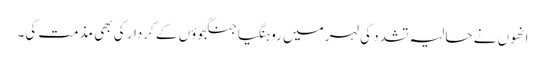
انھوں نے حالیہ تشدد کی لہر میں روہنگیا جنگجوؤں کے کردار کی بھی مذمت کی۔